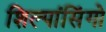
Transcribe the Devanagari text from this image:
शिल्पांसिंगो